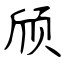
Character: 颀